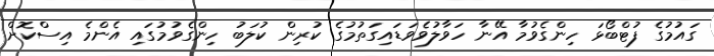
ގައުމުގެ ފުޓްބޯޅަ ހިންގެވުމާ އޭނާ ހަވާލުވެވަޑައިގަތުމުގެ ކުރިން ކުލަބު ހިންގެވުމުގައި އެންމެ އިސްކޮށް